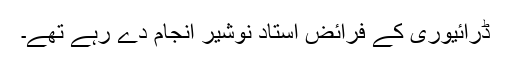
ڈرائیوری کے فرائض استاد نوشیر انجام دے رہے تھے۔